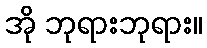
အို ဘုရားဘုရား။